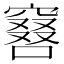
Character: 𠿡